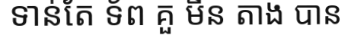
ទាន់តែ ទ័ព គួ មីន តាង បាន